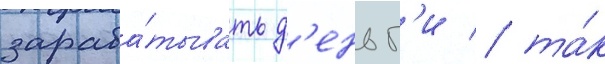
зараба́тывать д'еньг'и / та́к